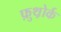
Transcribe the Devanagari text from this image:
फ़ुथ़ोर्क